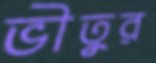
ভীতুর